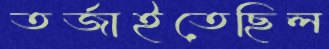
তর্জাইতেছিল